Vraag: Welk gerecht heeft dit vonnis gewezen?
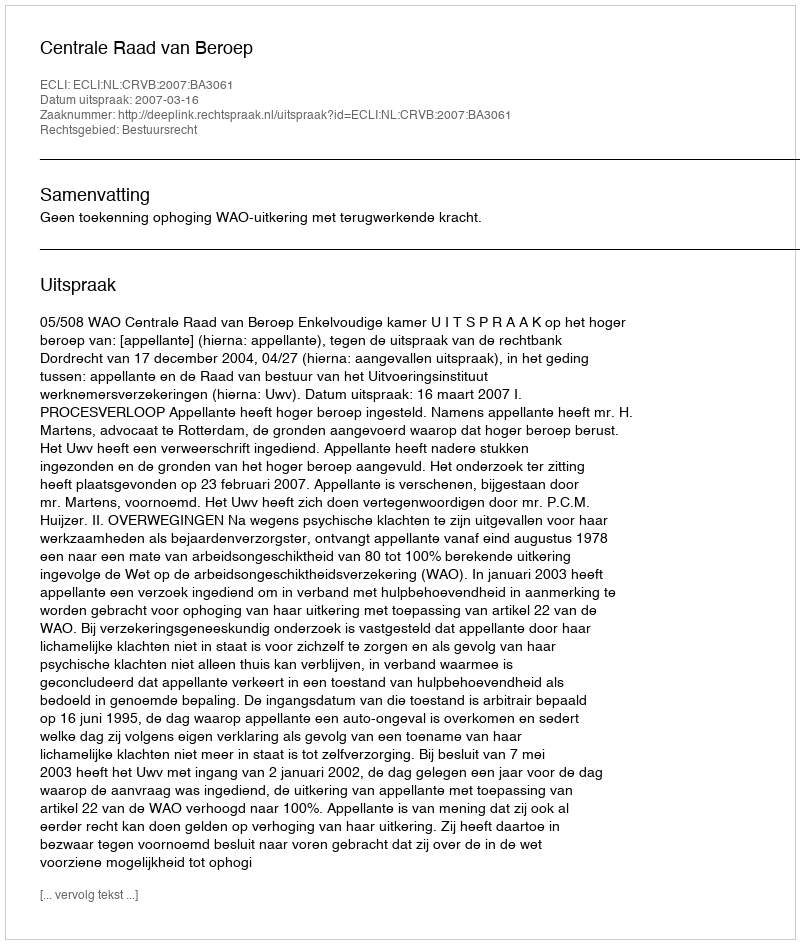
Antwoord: Centrale Raad van Beroep